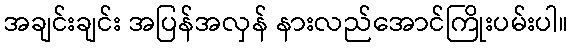
အချင်းချင်း အပြန်အလှန် နားလည်အောင်ကြိုးပမ်းပါ။